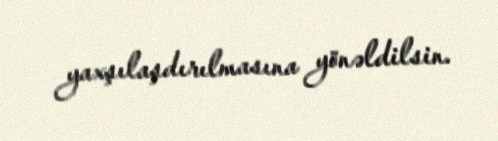
yaxşılaşdırılmasına yönəldilsin.